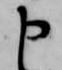
申